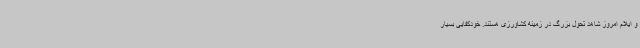
و ایلام امروز شاهد تحول بزرگ در زمینه کشاورزی هستند. خودکفایی بسیار